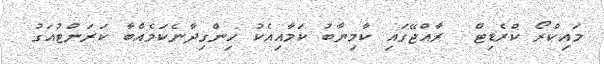
މައިކްރޯ ކްރެޑިޓް  ރާއްޖޭގައި ކާމިޔާބު ކަމާއިއެކު ހިންގިދާނެކަމެއްބާ ކަރަންޓުއަގު